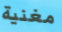
مغنية